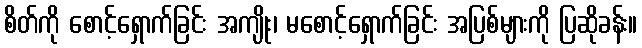
စိတ်ကို စောင့်ရှောက်ခြင်း အကျိုး၊ မစောင့်ရှောက်ခြင်း အပြစ်များကို ပြဆိုခန်း။